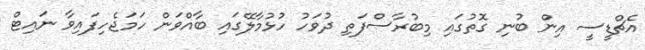
އެޗްޑީސީ އިން ބުނި ގޮތުގައި މިބުރާސްފަތި ދުވަހު ހުޅުމާލޭގައި ބާއްވަން ހަމަޖެހިފައިވާ ނައިޓް